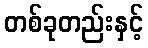
တစ်ခုတည်းနှင့်